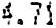
4.71